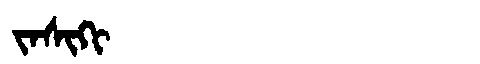
Manchu: ᠵᠠᠰᡳᡴᡳ
Romanization: JASIKI